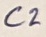
Text: C2